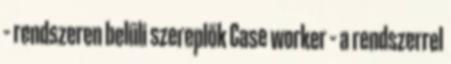
– rendszeren belüli szereplők Case worker – a rendszerrel